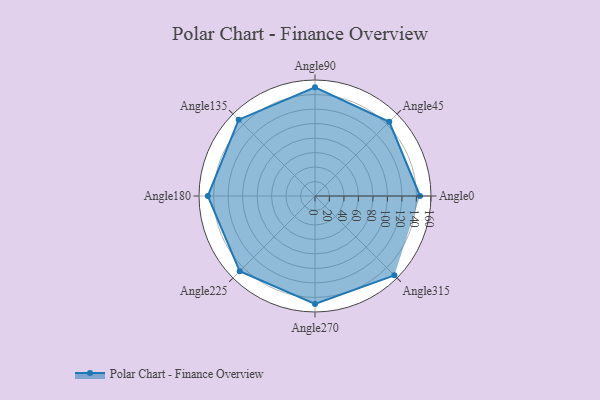
{"axis": {"x": "Angle", "y": "Radius"}, "legend": [""], "data": [{"x": "Angle0", "y": 145.0, "type": ""}, {"x": "Angle45", "y": 145.0, "type": ""}, {"x": "Angle90", "y": 150.0, "type": ""}, {"x": "Angle135", "y": 149.0, "type": ""}, {"x": "Angle180", "y": 148.0, "type": ""}, {"x": "Angle225", "y": 147.0, "type": ""}, {"x": "Angle270", "y": 149.0, "type": ""}, {"x": "Angle315", "y": 155.0, "type": ""}]}